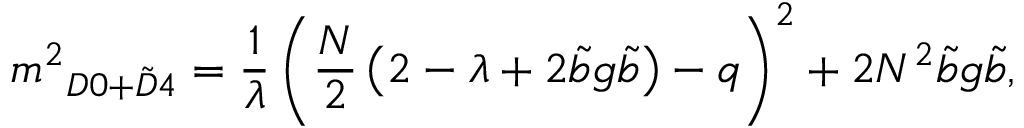
\displaystyle { m ^ { 2 } } _ { D 0 + \tilde { D } 4 } = \frac { 1 } { \lambda } \left( { \frac { N } { 2 } } \left( 2 - \lambda + 2 { \tilde { b } } g { \tilde { b } } \right) - q \right) ^ { 2 } + 2 N ^ { 2 } { \tilde { b } } g { \tilde { b } } ,